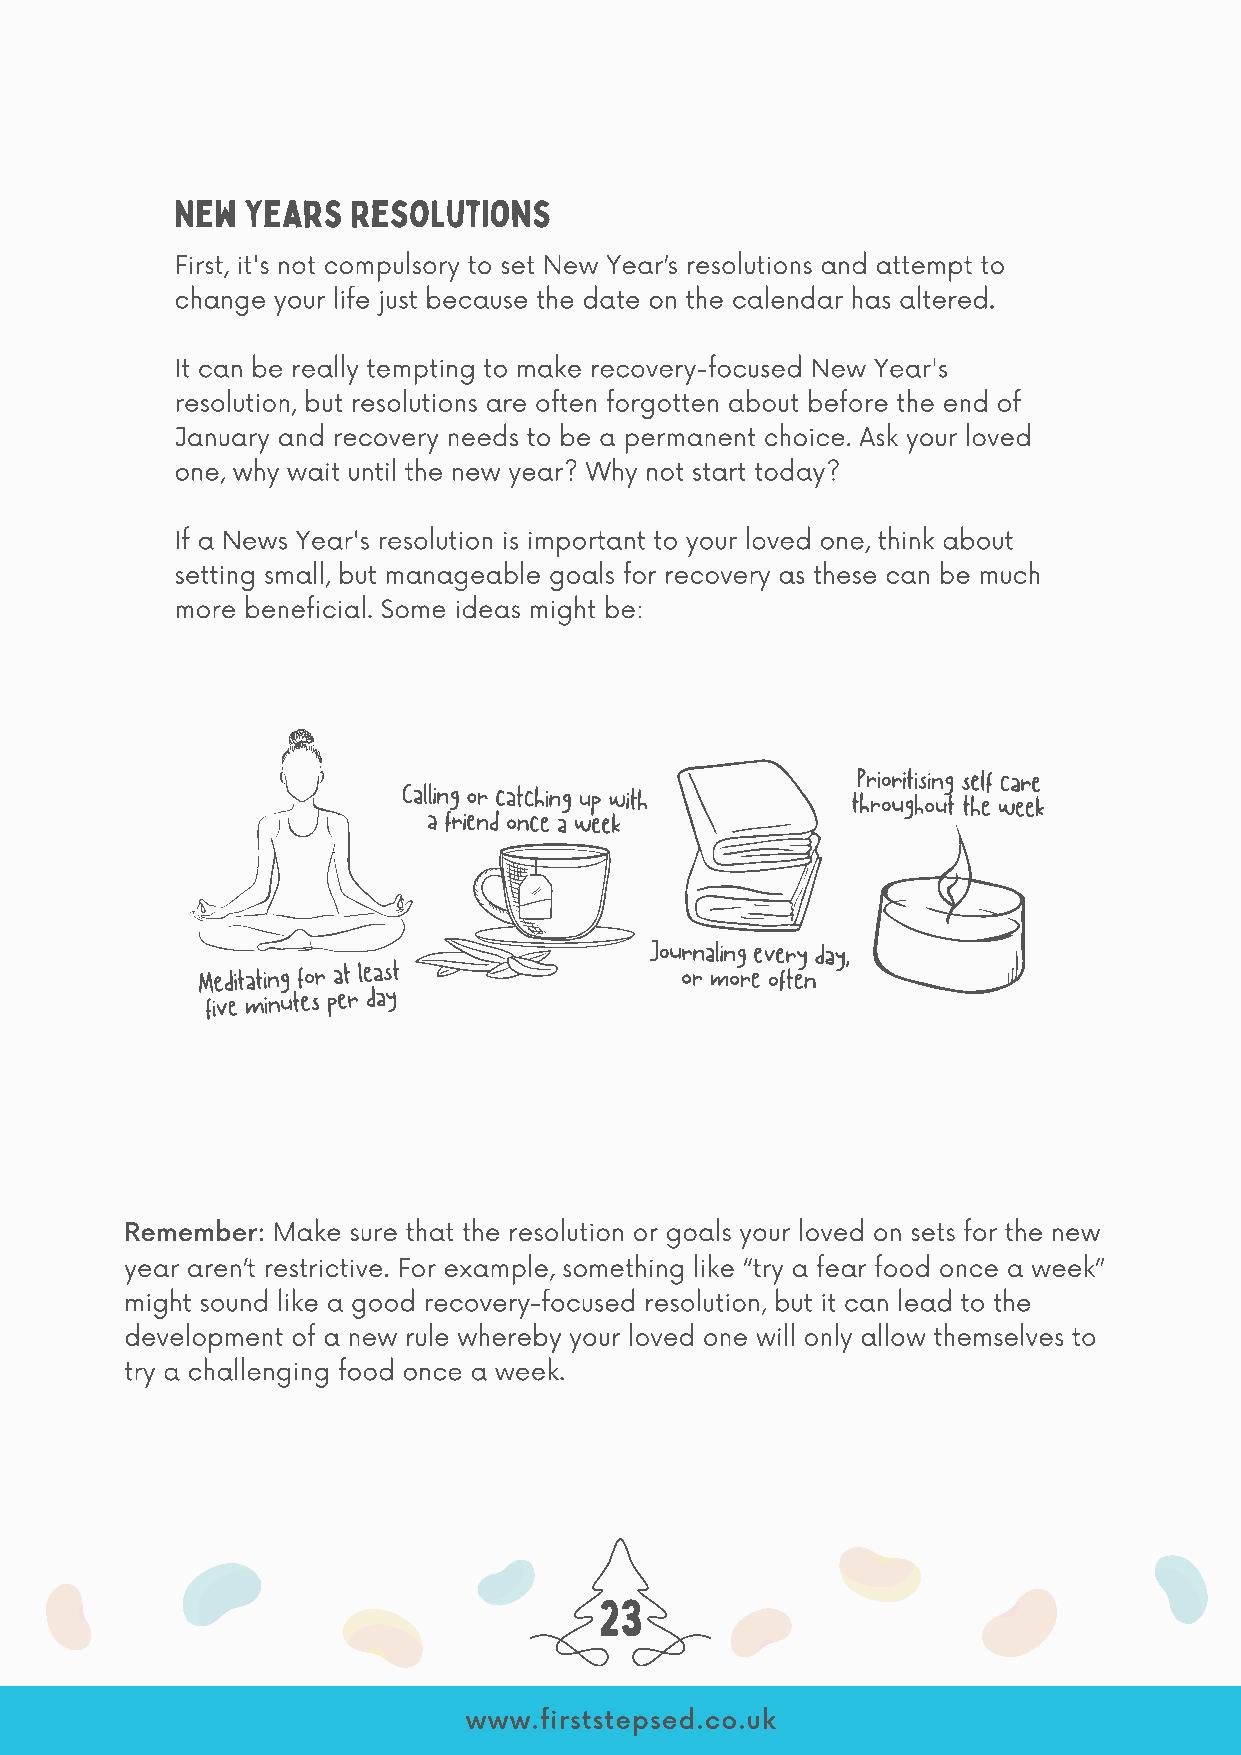
New Years  Resolutions
 First, it's not compulsory to set New Year’s resolutions and attempt to
 change your life just because the date on the calendar has altered.
 It can be really tempting to make recovery-focused New Year's
 resolution, but resolutions are often forgotten about before the end of
 January and recovery needs to be a permanent choice. Ask your loved
 one, why wait until the new year? Why not start today?
 If a News Year's resolution is important to your loved one, think about
 setting small, but manageable goals for recovery as these can be much
 more beneficial. Some ideas might be:
 Prioritising self care
 Calling or catching up with  throughout the week
 a friend once a week
 Journaling every day,
 Meditating for at least         or more often
 five minutes per day
 Remember: Make sure that the resolution or goals your loved on sets for the new
 year aren’t restrictive. For example, something like “try a fear food once a week”
 might sound like a good recovery-focused resolution, but it can lead to the
 development of a new rule whereby your loved one will only allow themselves to
 try a challenging food once a week.
 23
 www.firststepsed.co.uk